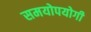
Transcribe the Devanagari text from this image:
समयोपयोगी